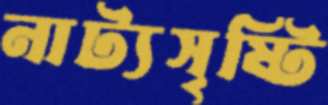
নাট্যসৃষ্টি